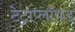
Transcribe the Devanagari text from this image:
टेट्राप्लॉयड